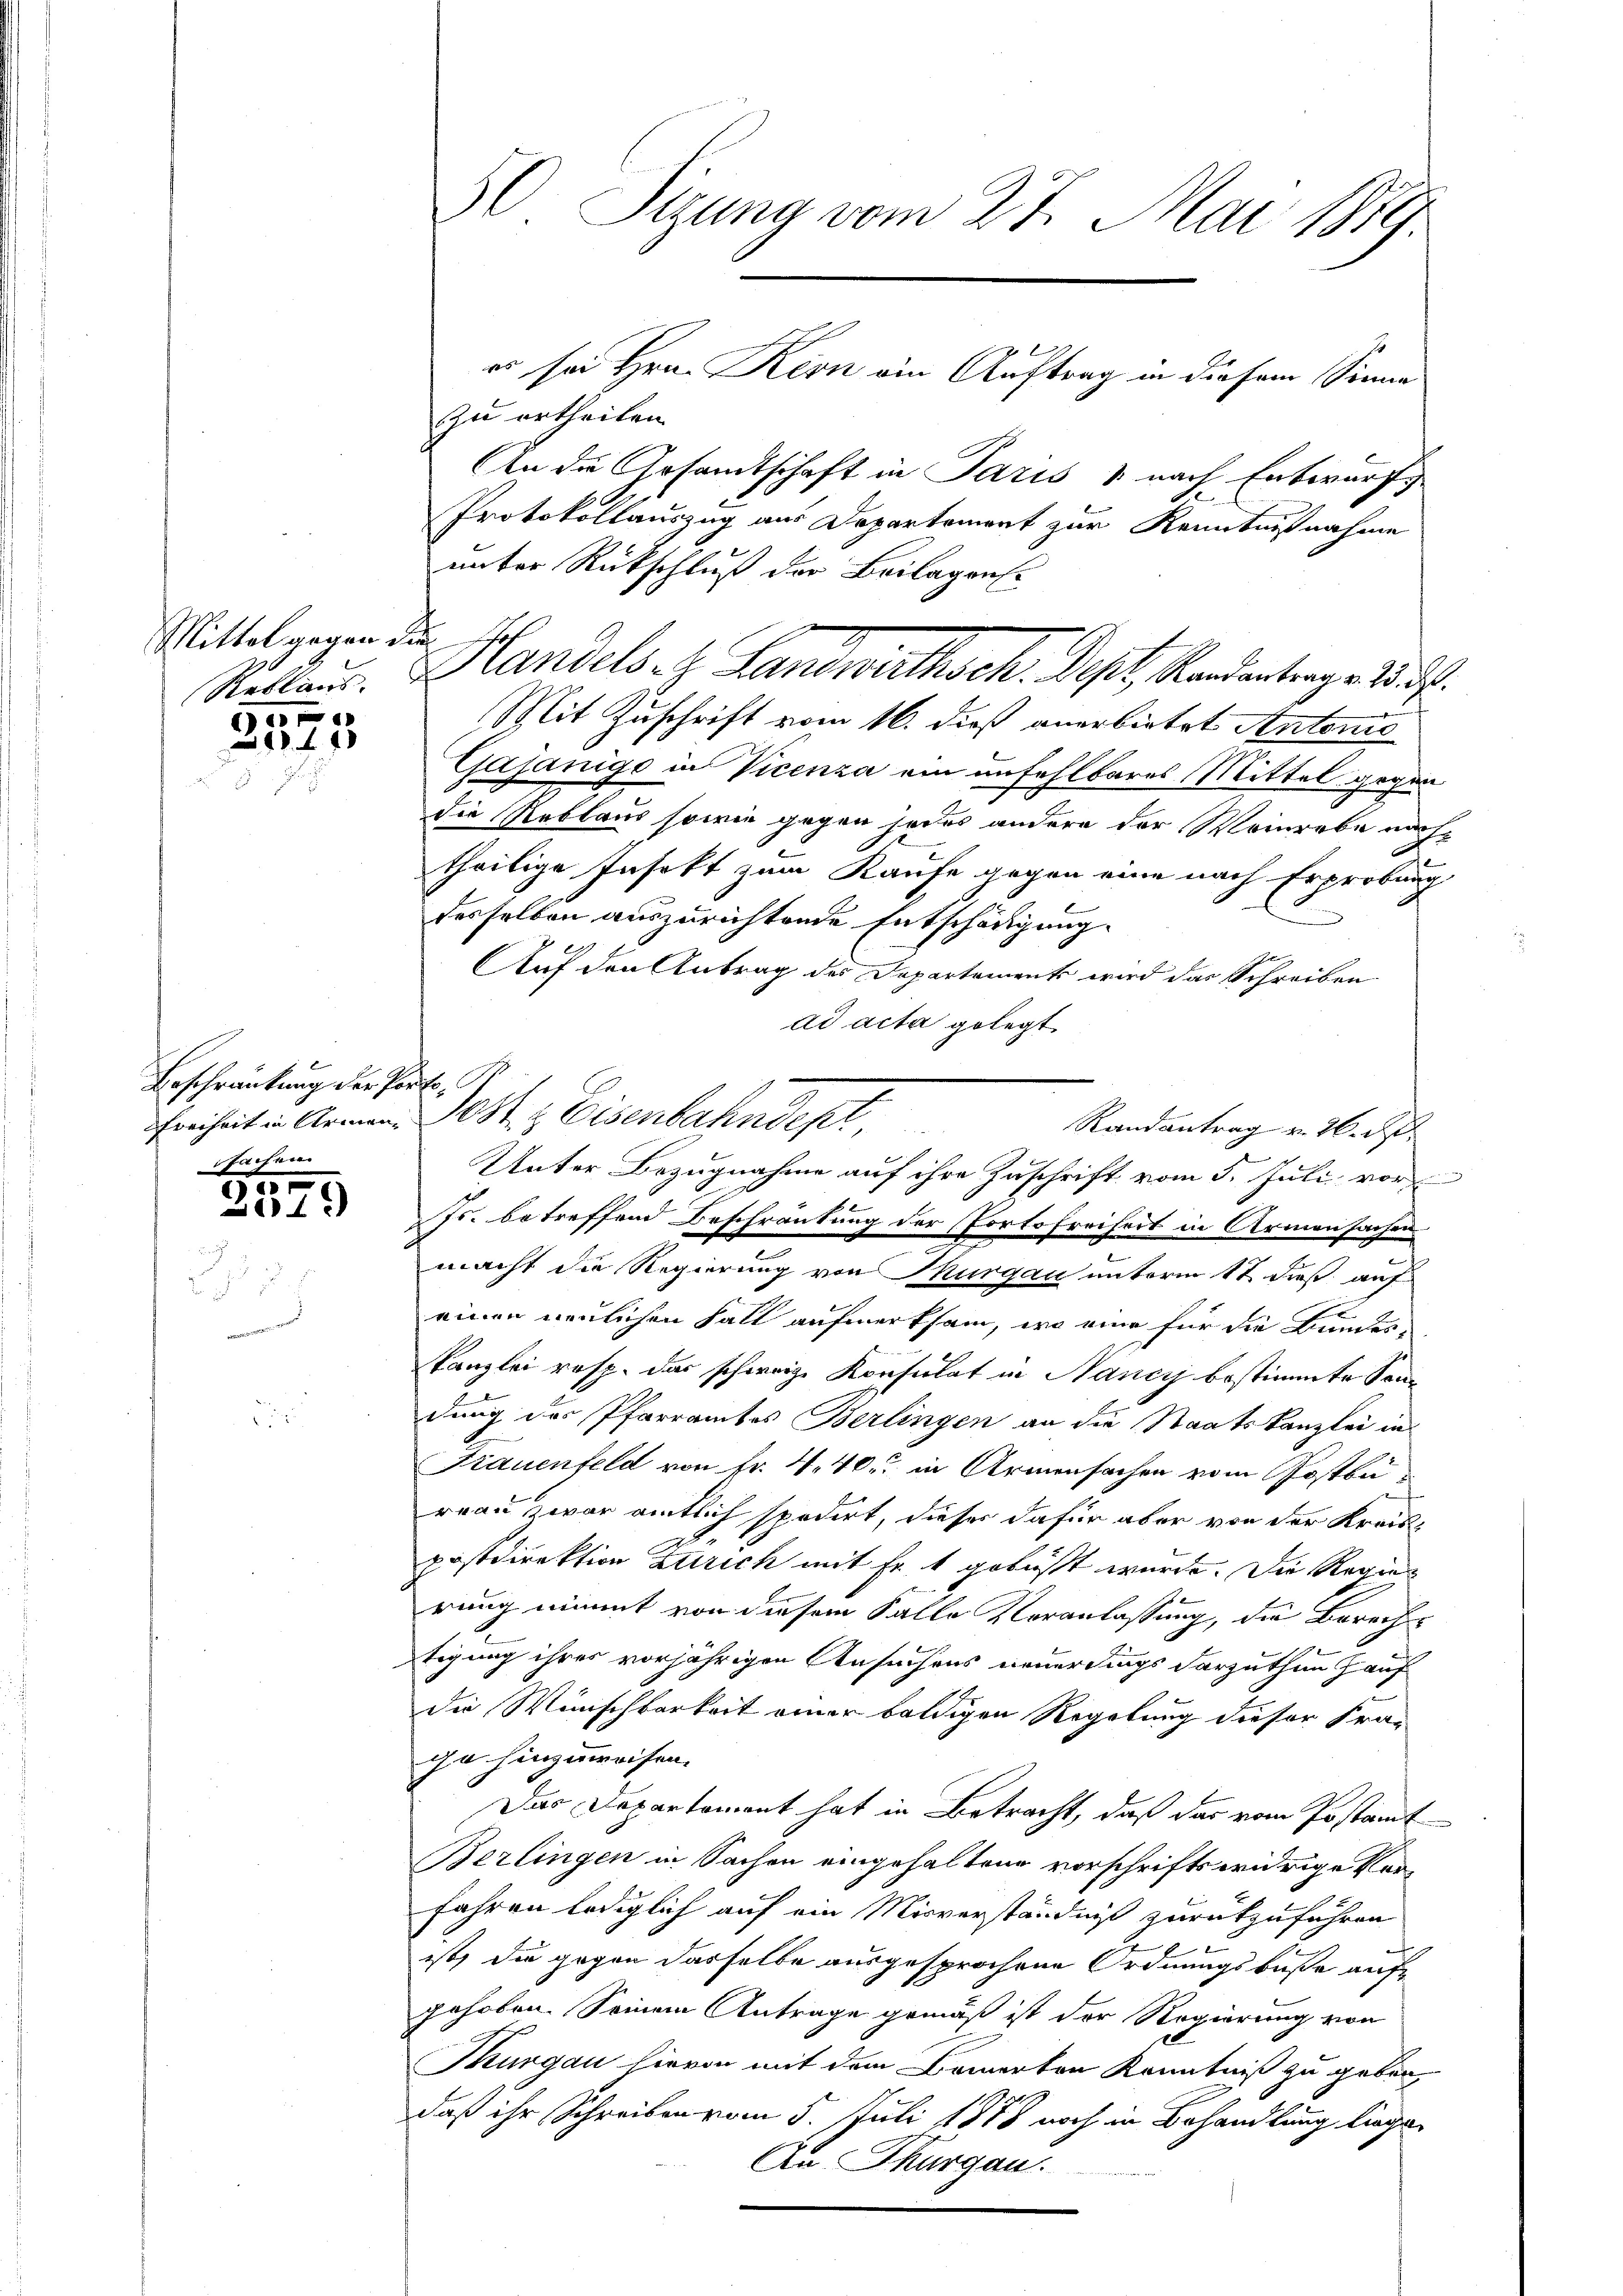
Mittel gegen die
c

44

Beschränkung der Porto,
sachen
1857

301)

zu ertheilen.
An die Gesamtschaft in Paris 1 nach Entwurf
n
Protokollauszug aus Departement zur Kenntnißnahme
unter Rückschluß der Beilagen
Mit Zuschrift vom 16. dieß anerbietet Antonis
Gajanige in Vicenza ein unfehlbares Mittel gegen
die Reblaus sowie gegen jedes andere der Weinrebe nachtheilige Insakt zum Kaufe gegen eine nach Erprobung
desselben auszurichtende Entschädigung
Auf den Antrag des Departements wird das Schreiben
ad acta gelegt.
Js. betreffend Beschränkung der Portofreiheit in Armensachen
macht die Regierung von Thurgau unterm 17 dieß auf
einen neulichen Fall aufmerksam, wo eine für die Bundes-
kanzlei resp. das schweiz. Konsulat in Nancyj bestimmte Sondung des Pfarramtes Berlingen an die Staatskanzlei in
Frauenfeld von Fr. 440. in Armensachen vom Postbereau zwar amtlich spedirt, dieser dafür aber von der Kreispostdirektion Zürich mit Fr. 1 gebüßt wurde. Die Regie
rung nimmt von diesem Falle Veranlassung, die Berechtigung ihres vorjährigen Ansuchens neuerdings darzuthun auf
die Wünschbarkeit einer baldigen Regelung dieser Fran
ge hinzuweisen.
Das Departament hat in Betracht, daß das vom Postamt
Berlingen in Sachen eingehaltene vorschriftswidrige Verfahren lediglich auf ein Misverständniß zurückzuführen
ist, die gegen dasselbe ausgesprochene Ordnungsbuße auf
gehoben. Seinem Antrage gemäß ist der Regierung von
Thurgau hievon mit dem Bauerten Kenntniß zu geben,
daß ihr Schreiben vom 5. Juli 1878 noch in Behandlung liegen
An Thurgau.

Sizung vom 27. Mai 1879.

es sei Hrn. Kern ein Auftrag in diesem Sinne

Reklaus. Handels H. Landwirthsch. Sept. Randantrage 2.

Freiheit in Armen 10 St. & Eisenbahndept,
Randantrag v. 26. d.
Unter Bezugnahme auf ihre Zuschrift vom 5. Juli vor